Statistical return of the lunatic asylum in Assam - 1912-1932
Year: 1912
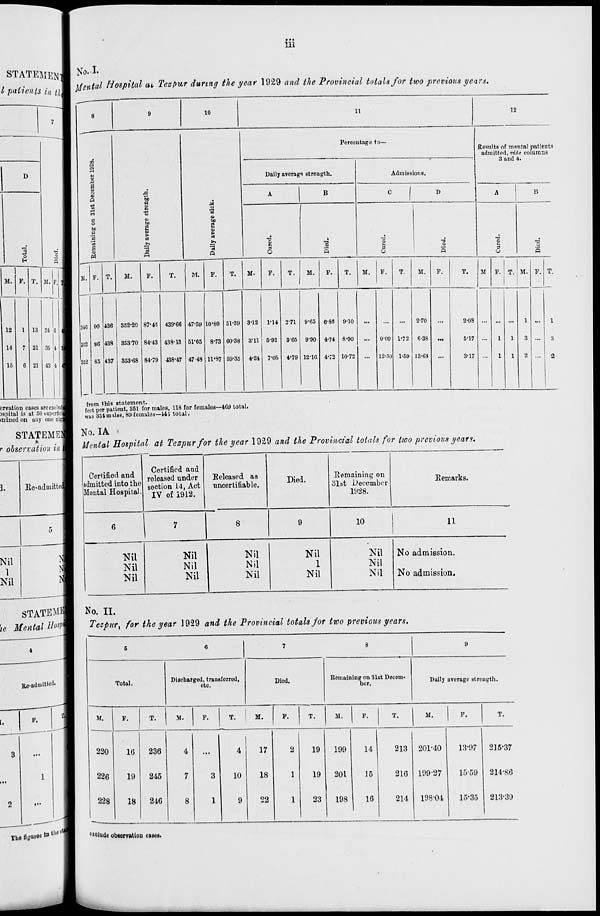
Ill
STATEMEW
1 patients in u t
JNO. X.
Af*«
tal Hospital at, Tezpur during the year 1929 and the Provincial totals for two previous years.
10
11
12
7
8
9
.
Percentage to—
Results of mental patients
admitted, vide columns
3 and 4.
CD
D
8
■a
Daily averags strength.
Admissions.
C
1
D
A
B
1
A
JJ
P
r-<
CO
M
a
i
•s
M o
"3
c
t>
to
O
ba
2
2
'3
(►
5
•a
•a
o
3
in
a
3
'3
Q
s
s
3
S
EH
M. F T
M.
F.
T.
M.
F.
T.
M.
F.
T.
M.
F.
T.
M.
F.
T.
M.
F.
T.
M F. T. M. F. T.
M. F. T. M. IP. '
_
12
1 13
1 |
34 ii ,
340 90 436 352-20 87-48 439-06 47-59 10-80 51-39 3-12 1-14 2-71 9-65 6-86 9-10
...
...
...
2-70
...
2-08 ... ... ...
1 ... 1
14
7 21 35 •! !
352 »6 438 35370 84-43 438-IB 51*65 8-73 60-38 3-11 5-92 3-65 9-90 4-74 8-90
... 9-09 1'72 6-38 ...
S-17 ...
1
1
3 ... 3
1 352 85 437 353-68 84-79 438-47 47 48 11-37 59-35 4-24 7-05 4-79 12-10 V72 10-72 ... 12-50 1-59 13-6t ... 3-17 ... 1 1 2 ... 2
15
0 21 43 <1 i
1
— —
ervation cases areesclud
jspital is at 51) bupcrtici
inlined on any ono uig|
STATEMEI
r observation in
from this statement.
.»,L.J..I
feet per patient, 351 for males, 118 for females-409 total,
was 354males, 89 females—44i total.
was
No. IA
■
|/ M M Hospital at Teepurfor the year 1929 and the Provincial totals for two previous years.
Re-admitted
Certified and
admitted into the
Mental Hospital.
5
Nil
1
Nil
STATEMl
ie Mental H<W
4
Certified and
released under
section 14, Act
IV of 1912.
Beleased as
uncertifiable.
Died.
Remaining on
31st December
1928.
Remarks.
10
11
Nil
Nil
Nil
Nil
Nil
Nil
Nil
Nil
Nil
Nil
1
Nil
Nil
Nil
Nil
No admission.
No admission.
No. II.
Tezpur, for the year 1929 and the Provincial totals for two previous years.
unadmitted.
F.
Total.
Discharged, transferred,
etc.
Died.
I Remaining on 31st Decem-
ber.
Daily average strength.
M.
220
226
228
F.
T.
M.
F.
M.
F.
T.
M.
F.
T.
M.
10
19
18
236
245
216
10
17
18
oo
2 I
19
199
14
213 201-40
19
201
15
216
23
198
16
214
13-97
199-27
15-59
198-04
15-35
J15-37
214-S6
213-39
The fib'»" os
.urealn^
Collide obaervution cases.